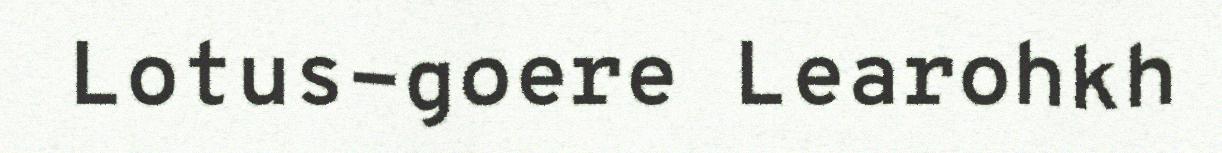
Lotus-goere Learohkh